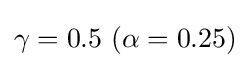
\gamma =0.5\ (\alpha =0.25)